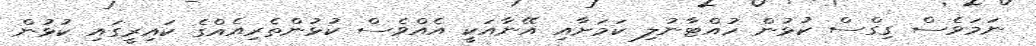
ނަމަވެސް ގިގްސް ކުޅުން ހުއްޓާނުލި ކަމަށާއި އޭނާއަކީ އެއްވެސް ކުޅުންތެރިއެއްގެ ކައިރީގައި ކުޅުން